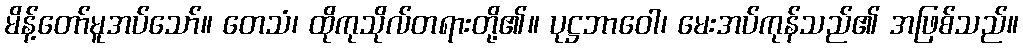
မိန့်တော်မူအပ်သော်။ တေသံ၊ ထိုကုသိုလ်တရားတို့၏။ ပုဋ္ဌဘာဝေါ၊ မေးအပ်ကုန်သည်၏ အဖြစ်သည်။